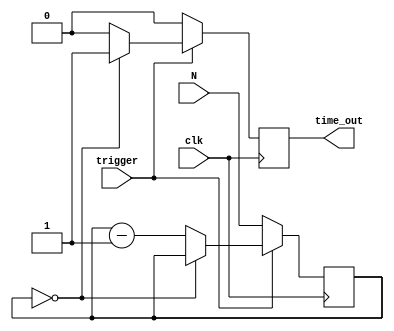
module delay_14(N, clk, trigger, time_out);
	input [13:0] N;
	input clk, trigger;
	output time_out;

	reg [13:0] count;
	reg time_out;
	initial time_out=1'b0;
	always @ (posedge clk) begin
		if(trigger==1'b1) begin
			if(count==0) begin
				time_out=1'b1;
			end
			else begin
				count<=count-1'b1;
				time_out<=1'b0;
			end
		end
		else begin
			count<=N;
			time_out<=1'b0;
		end
		
	end
endmodule